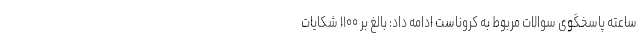
ساعته پاسخگوی سوالات مربوط به کروناست ادامه داد: بالغ بر ۱۱۰۰ شکایات